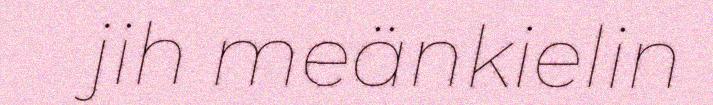
jih meänkielin